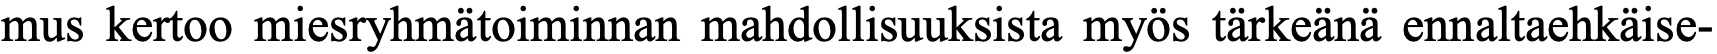
mus kertoo miesryhmätoiminnan mahdollisuuksista myös tärkeänä ennaltaehkäise-